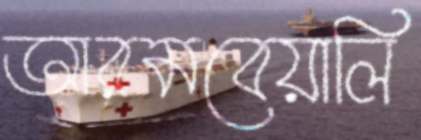
আরমবেয়ালি